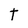
Character: t